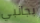
بجانبي